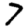
Digit: 7